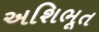
અશિભૂત